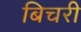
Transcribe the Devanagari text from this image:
बिचरी